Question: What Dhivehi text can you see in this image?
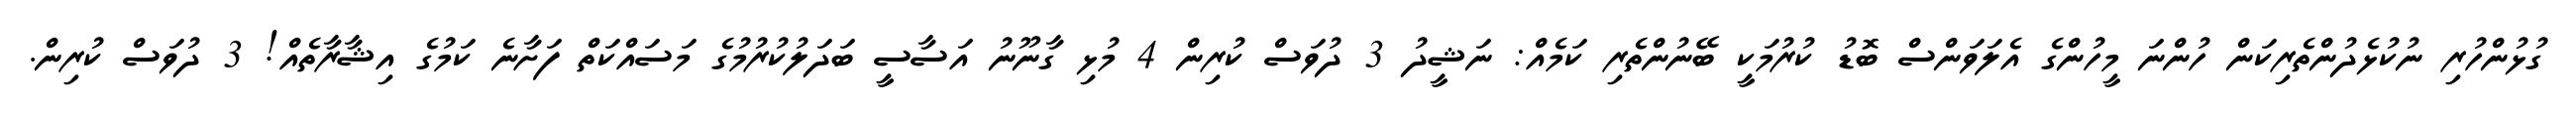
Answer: ގުޅުންހުރި ނުކުޅެދުންތެރިކަން ހުންނަ މީހުންގެ އެލަވަންސް ބޮޑު ކުރުމަކީ ބޭނުންތެރި ކަމެއް: ނަޝީދު 3 ދުވަސް ކުރިން 4 މުޅި ގާނޫނު އަސާސީ ބަދަލުކުރުމުގެ މަސައްކަތް ފަށާނެ ކަމުގެ އިޝާރާތެއް! 3 ދުވަސް ކުރިން.